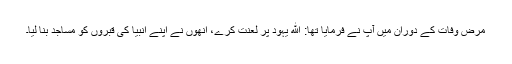
مرض وفات کے دوران میں آپ نے فرمایا تھا: ﷲ یہود پر لعنت کرے، انھوں نے اپنے انبیا کی قبروں کو مساجد بنا لیا۔